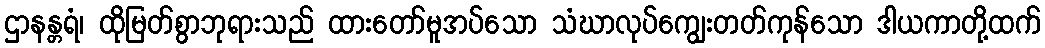
ဌာနန္တရံ၊ ထိုမြတ်စွာဘုရားသည် ထားတော်မူအပ်သော သံဃာလုပ်ကျွေးတတ်ကုန်သော ဒါယကာတို့ထက်